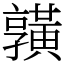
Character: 𪏆